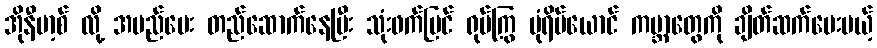
အိုနီဗာ့စ် လို့ အမည်ပေး တည်ဆောက်နေပြီး သုံးဖက်မြင် ရုပ်ကြွ ပုံရိပ်ယောင် ကမ္ဘာတွေကို ချိတ်ဆက်ပေးမယ့်